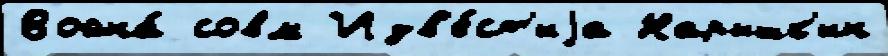
Война́ совм Изв'е́ст'иjа Нарышк'ин